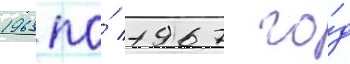
1963 по́ 1967 го́д